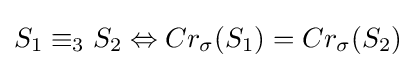
S_{1}\equiv _{3}S_{2}\Leftrightarrow Cr_{\sigma }(S_{1})=Cr_{\sigma }(S_{2})